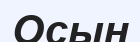
Осын